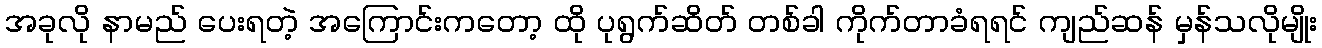
အခုလို နာမည် ပေးရတဲ့ အကြောင်းကတော့ ထို ပုရွက်ဆိတ် တစ်ခါ ကိုက်တာခံရရင် ကျည်ဆန် မှန်သလိုမျိုး